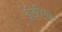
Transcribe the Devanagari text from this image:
ईडीएफ